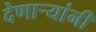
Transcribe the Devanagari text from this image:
देणाऱ्यांनी